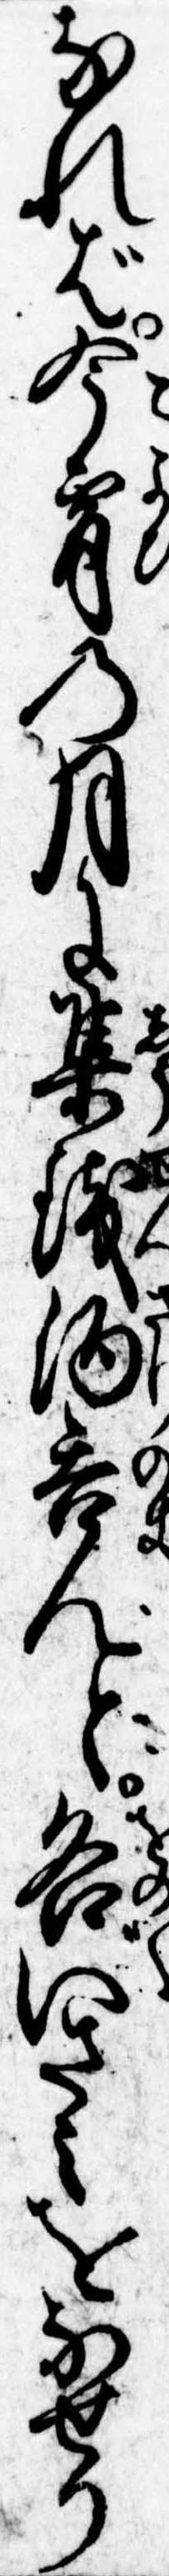
なれば今宵の月に集銭酒呑んと各いさみをなせり